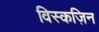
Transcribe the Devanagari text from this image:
विस्कज़िन